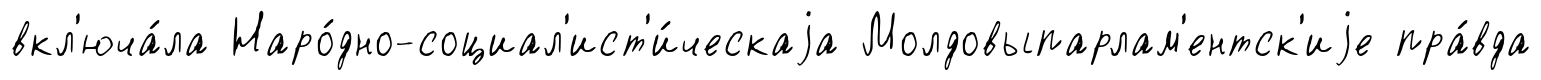
вкл'юча́ла Наро́дно-социал'ист'и́ческаjа Молдовыпарлам'ентск'иjе пра́вда